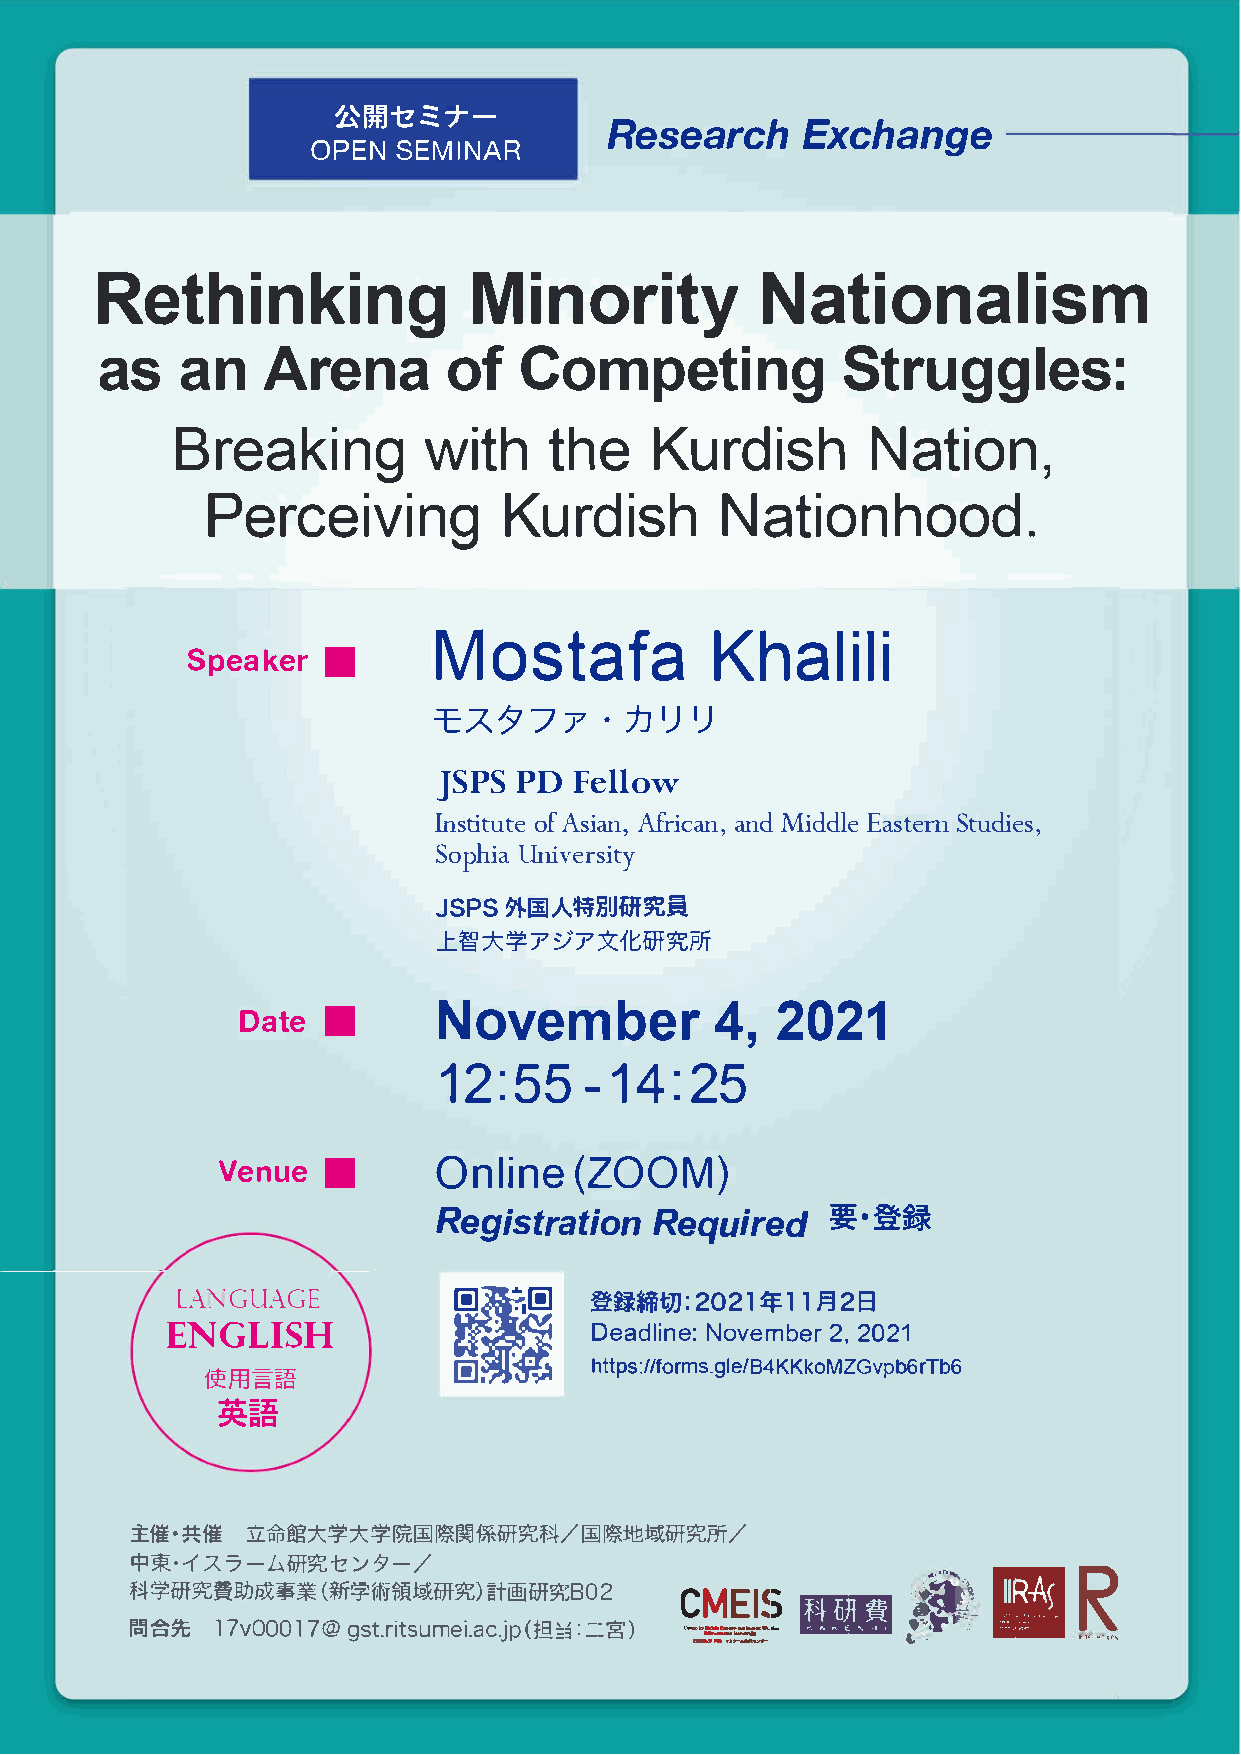
公開セミナー
 ReseaErxcchh             ange
 OPESNE   MINAR
 RethinMkiinnogrN                                iattyi        onalism
 asa       nA   renoafC          ompetSitnrgu                     ggles:
 Breakwiinttghh                 Keu     rdish                  Nation,
 PerceiKvuirndgNi                      asthi      onhood.
 ■
 MostaKfhaa                     lili
 Speaker
 モスタファ・カリリ
 JSPPSD   Fellow
 InstiotfAu stieaA nfr,i caann,Md i ddElaes tSetrund ies,
 SophiUan iversity
 JSP外S国人特別研究員
 上智大学アジア文化研究所
 ■
 Date         Novemb4e,2r               0  21
 12:55-14:25
 ■
 Venue          Onli(nZeO        OM)
 RegisattrioRne    quir要ed・   登録
 LA�GUAGE          贔回ば  1回  登録締切：2021年11月2日
 2
 ENGLISH                                ごはこ
 ご
 。
 [ttnerpeamsN二       ;6rTb6
 使用言語
 英語
 主催・共催  立命館大学大学院国際関係研究科／国際地域研究所／
 中東・イスラー  ム研究センター／
 R
 新
 g7二研二                    E;E
 ；：ご門。成：，業し
 7
 �      (:�
 こ
 2宮）胃g ..:.り  "眉；眉§日［]冒